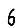
Digit: 6